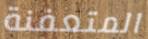
المتعفنة